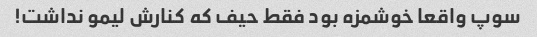
سوپ واقعا خوشمزه بود فقط حیف که کنارش لیمو نداشت!